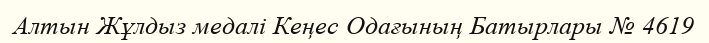
Алтын Жұлдыз медалі Кеңес Одағының Батырлары № 4619